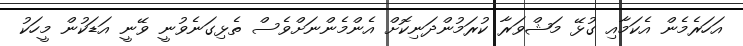
އަހަރެމެން އެކަމާއި ގުޅޭ މަޝްވަރާ ކުރަމުންދަނިކޮށް އެންމެންނަށްވެސް ތެޅިގަނެވުނީ ވޭނީ އަޑަކުން މީހަކު